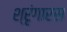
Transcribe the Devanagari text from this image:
श्रृंगारस